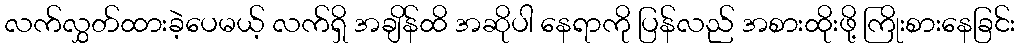
လက်လွှတ်ထားခဲ့ပေမယ့် လက်ရှိ အချိန်ထိ အဆိုပါ နေရာကို ပြန်လည် အစားထိုးဖို့ ကြိုးစားနေခြင်း